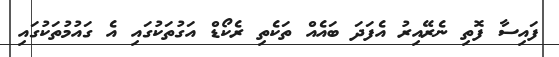
ފައިސާ ފޮތި ނެރޭއިރު އެފަދަ ބައެއް ތަކެތި ރެކޯޑް އަގުތަކުގައި އެ ގައުމުތަކުގައި